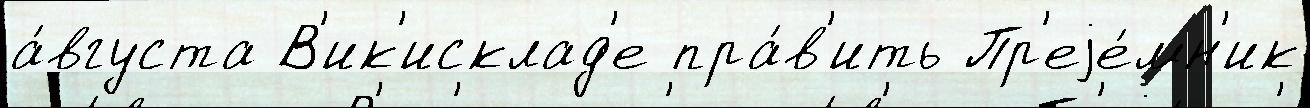
а́вгуста В'ик'исклад'е пра́в'ить Пр'еjе́мн'ик